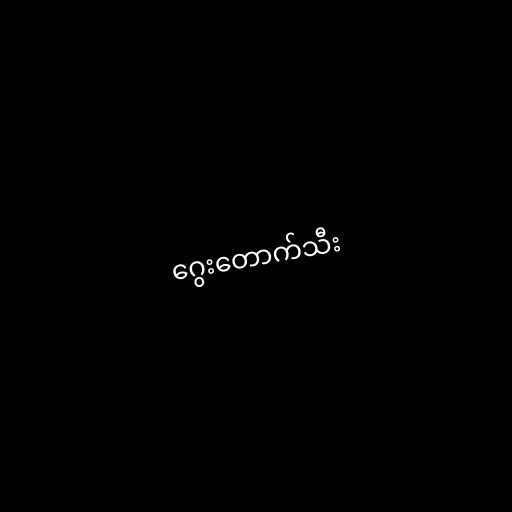
ဂွေးတောက်သီး